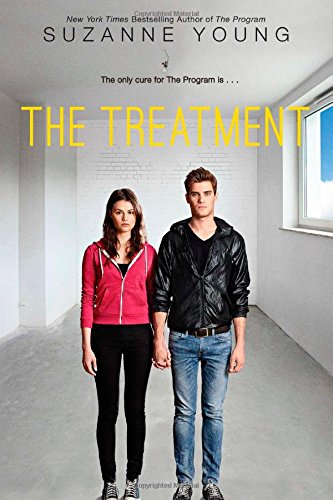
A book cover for The Treatment (Program); Suzanne Young; Teen & Young Adult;